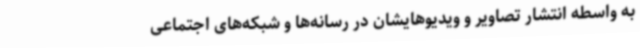
به واسطه انتشار تصاویر و ویدیوهایشان در رسانه‌ها و شبکه‌های اجتماعی